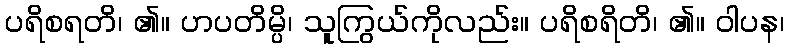
ပရိစရတိ၊ ၏။ ဟပတိမ္ပိ၊ သူကြွယ်ကိုလည်း။ ပရိစရိတိ၊ ၏။ ဝါပန၊